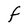
Character: f